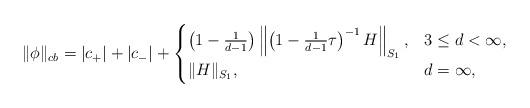
LaTeX: \begin{align*}\|\phi\|_{cb}=|c_+|+|c_-| + \begin{cases}\left(1-\frac{1}{d-1}\right)\left\|\left(1-\frac{1}{d-1}\tau\right)^{-1}H\right\|_{S_1}, & 3\leq d <\infty,\\\|H\|_{S_1}, & d=\infty,\end{cases}\end{align*}